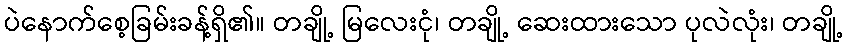
ပဲနောက်စေ့ခြမ်းခန့်ရှိ၏။ တချို့ မြလေးငုံ၊ တချို့ ဆေးထားသော ပုလဲလုံး၊ တချို့